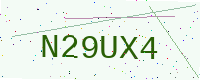
Text: N29UX4